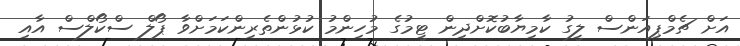
އަށް ޗެމްޕިއަންސް ލީގު ކާމިޔާބުކޮށްދިން ޓީމުގެ މުހިންމު ކުޅުންތެރިންކަމަށްވާ ޕޯލް ސްކޯލްސް އާއި